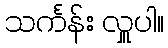
သင်္ကန်း လှူပါ။